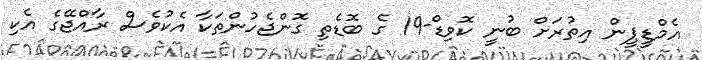
އެމްޑީޕީން އިތުރަށް ބުނީ ކޮވިޑް-19 ގެ ބޮޑެތި ގޮންޖެހުންތަކާ އެކުވެސް ރާއްޖޭގެ އެކި